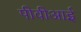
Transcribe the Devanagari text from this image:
पीवीआई